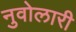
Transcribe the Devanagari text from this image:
नुवोलारी